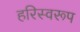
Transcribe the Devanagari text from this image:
हरिस्वरूप